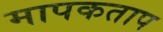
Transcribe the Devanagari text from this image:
मापकताप